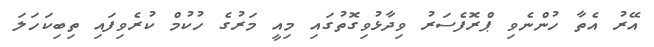
އޭރު އެތާ ހުންނެވި ޕްރޮފެސަރު ވިދާޅުވިގޮތުގައި މިއީ މަރުގެ ހުކުމް ކުރެވިފައި ތިބިކަހަލަ